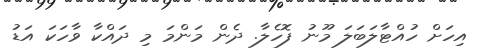
އިހަށް ހުއްޓާލަބަލަ މޫނު ފޮހެލާ. ދެން މަންމަ މި ދައްކާ ވާހަކަ އަޑު